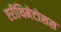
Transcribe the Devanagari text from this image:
एरीथिमेटोसस